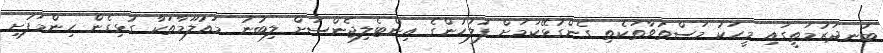
ބަނދަރުމަތީގައި މީހަކު މަސްތުވާތަކެތި ގެންގުޅޭކަމަށް ފުލުހުންގެ އިންޓެލިޖެންސަށް ލިބުނު މައުލޫމާތަކާ ގުޅިގެން ހިންމަފުށި